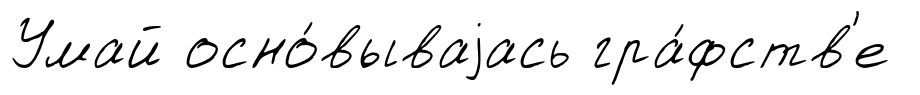
Умай осно́вываjась гра́фств'е